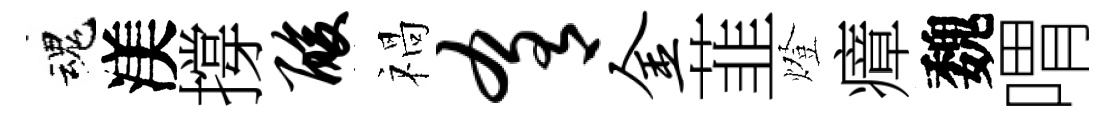
魂渼撐酸禍肴金韮燈瘴魏喟